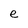
Character: e